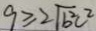
9 \geq 2 \sqrt { b ^ { 2 } c ^ { 2 } }